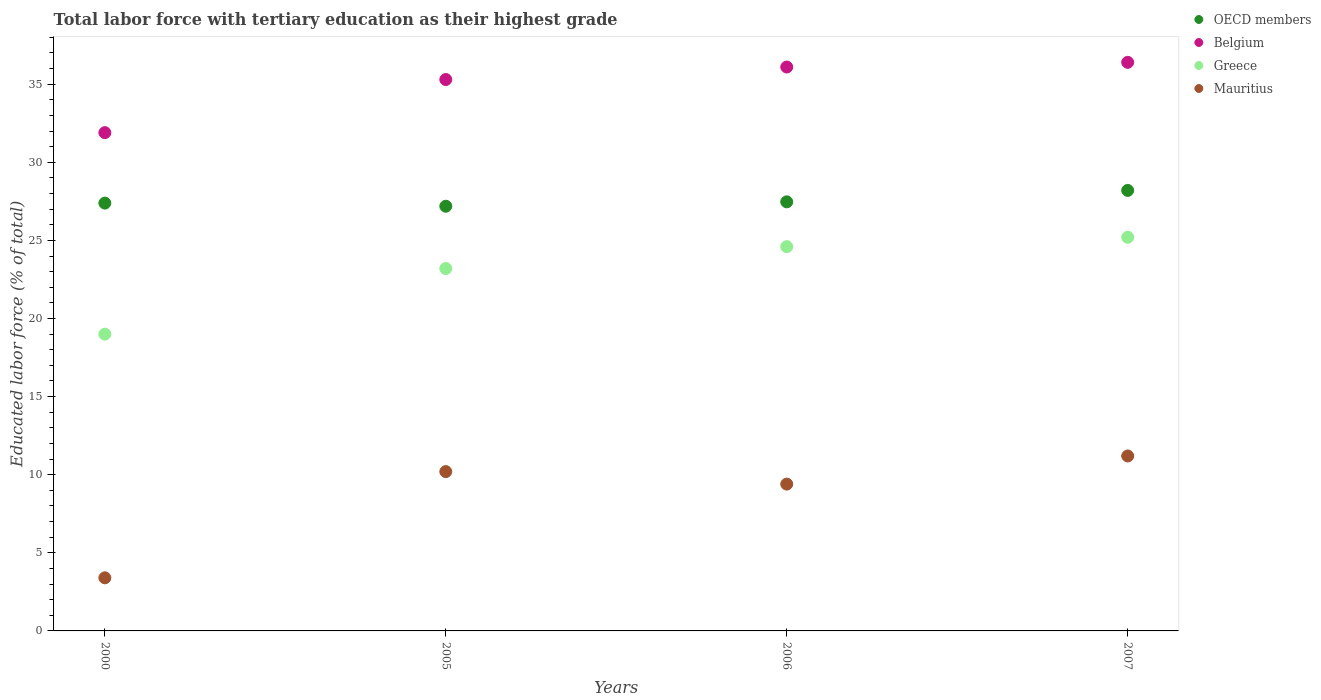
| Years | OECD members | Belgium | Greece | Mauritius |
 | --- | --- | --- | --- | --- |
 | 2000 | 27.4 | 31.9 | 19 | 3.4 |
 | 2005 | 27.2 | 35.3 | 23.2 | 10.2 |
 | 2006 | 27.5 | 36.1 | 24.6 | 9.4 |
 | 2007 | 28.2 | 36.4 | 25.2 | 11.2 |